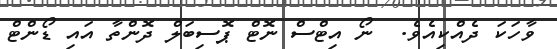
ވާހަކަ ދެއްކިއެވެ.  ނޯ އިޓްސް ނޮޓް ޕޮސިބަލް ދޮންތާ އައި ޑޯންޓް